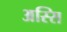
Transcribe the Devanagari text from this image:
अस्सि